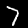
Label: 7